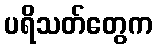
ပရိသတ်တွေက